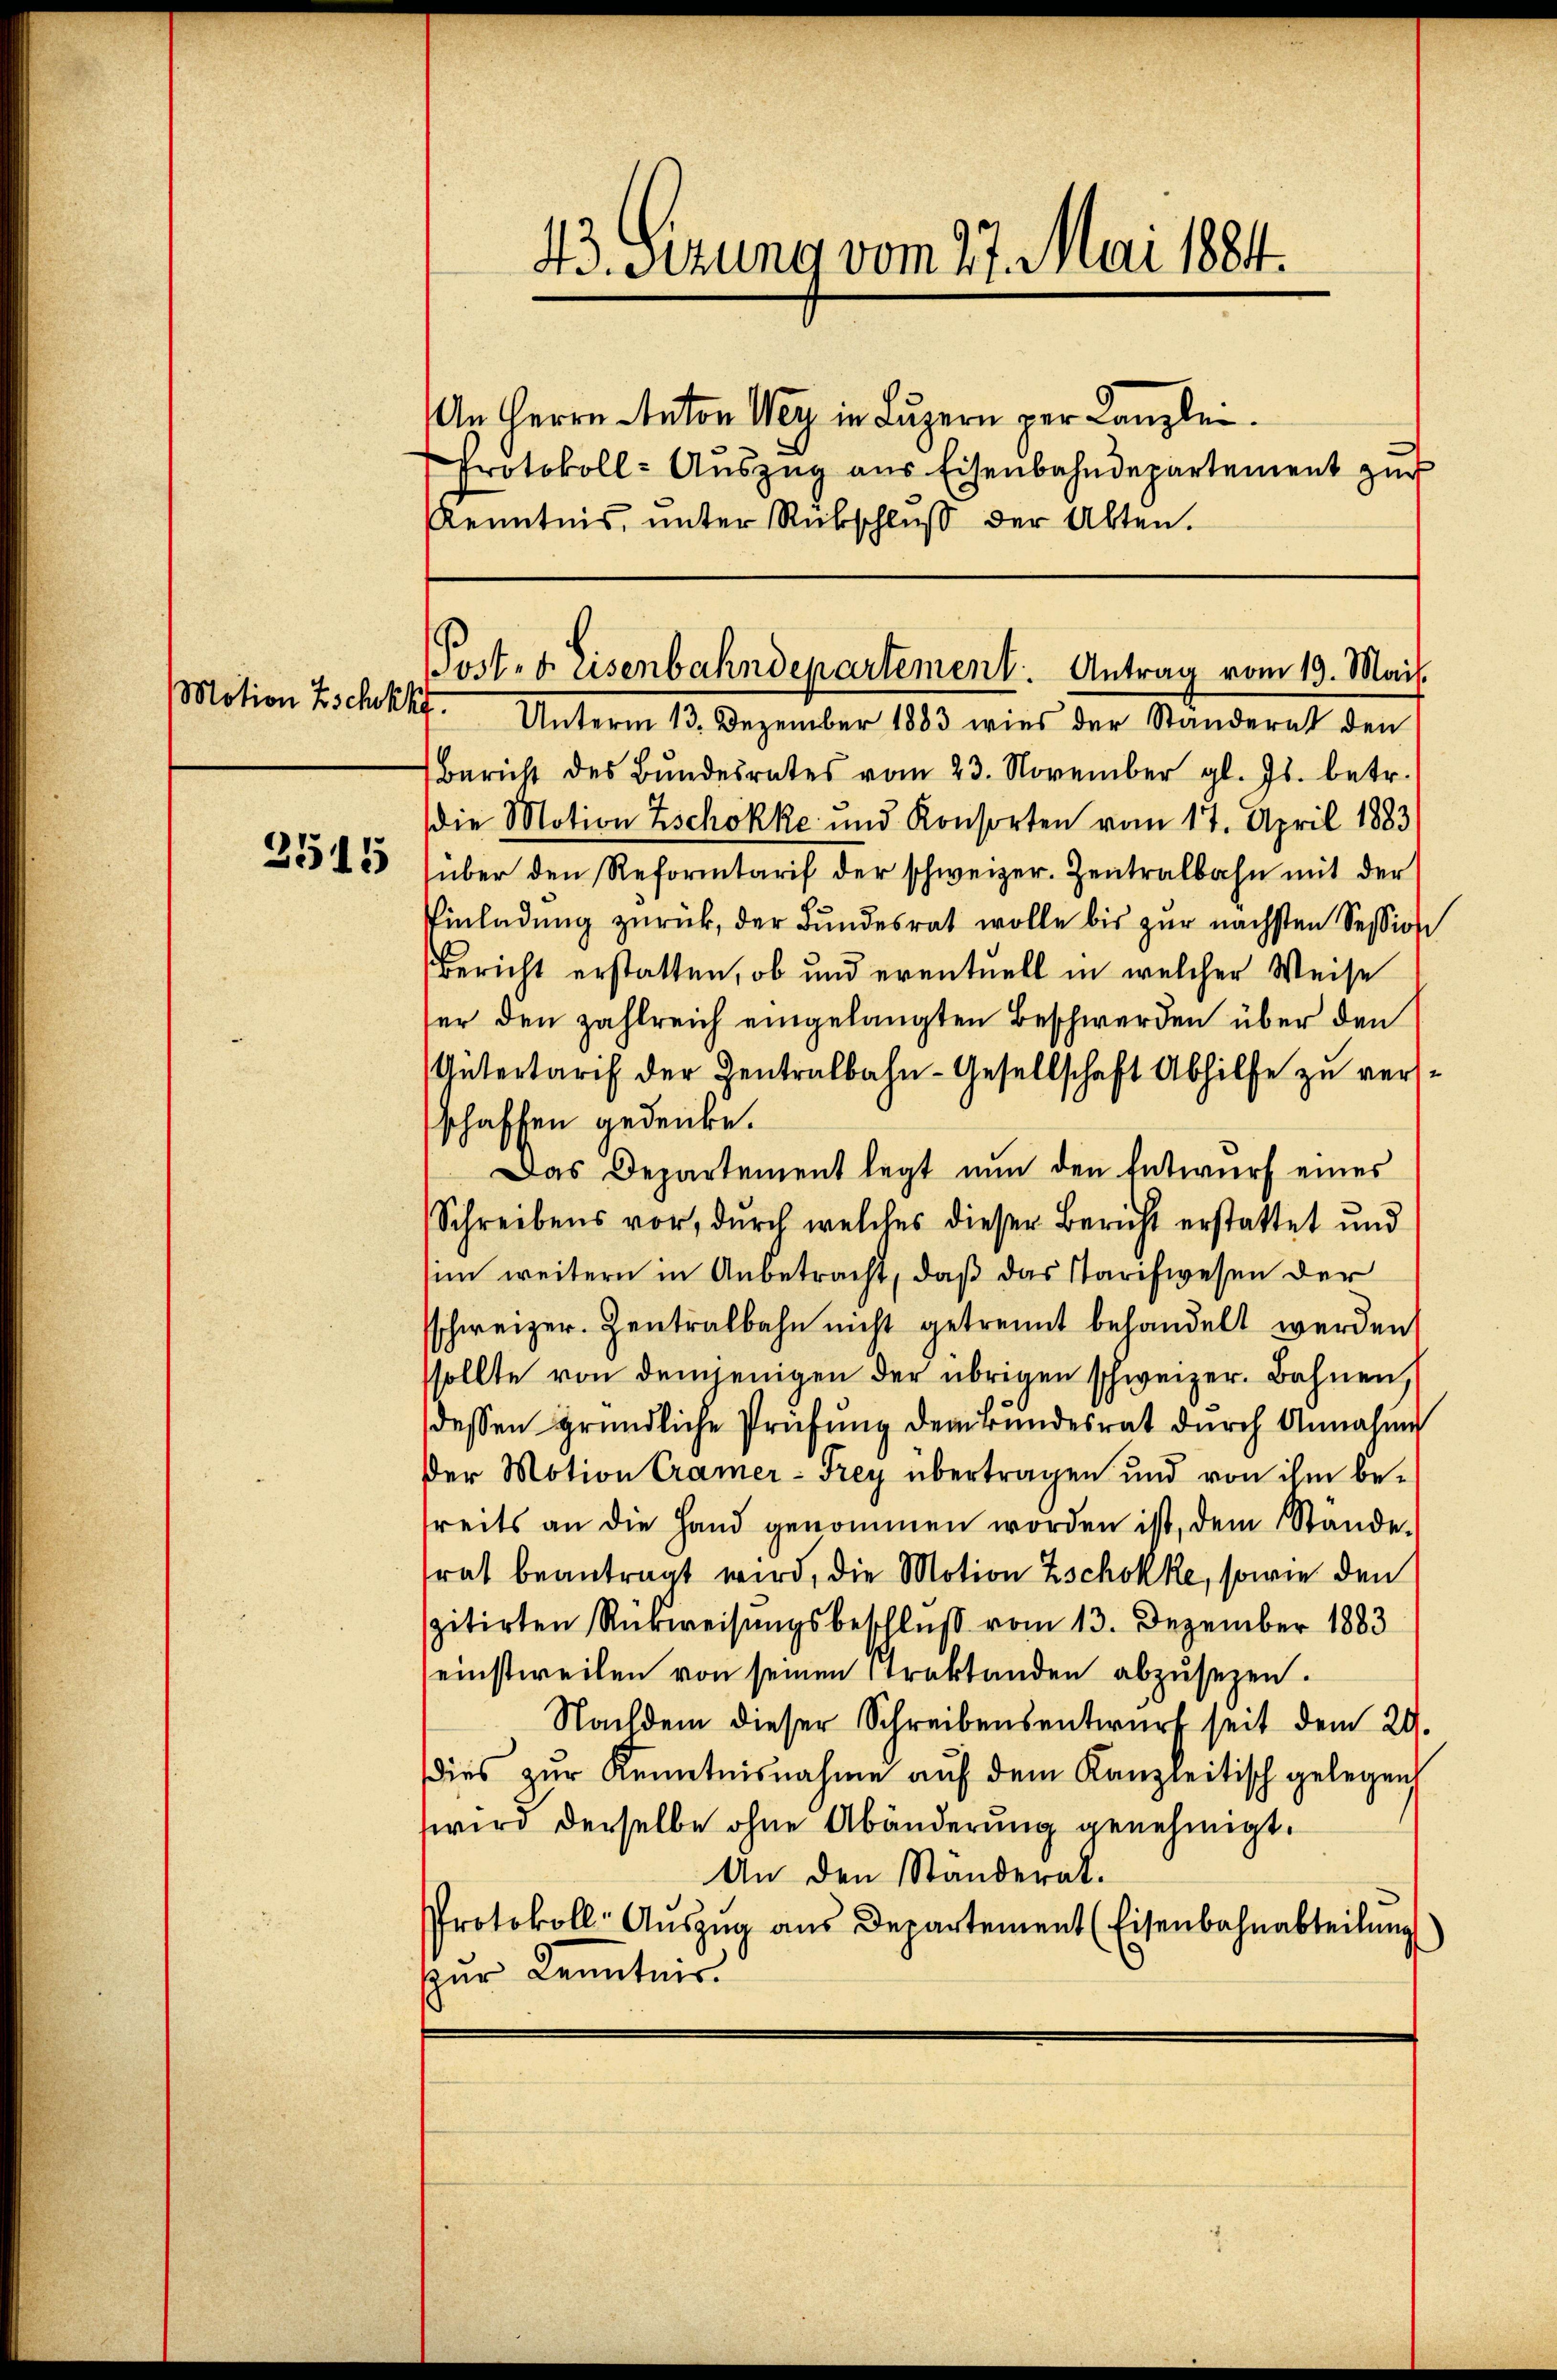
Motion Eschekkr.
2515

43. Sezung vom 27. Mai 1884.
An Herrn Anton Weg in Luzern per Canzlei.
Protokoll-Aŭszŭg aŭs Eisenbahndepartement zŭr
Kenntnis, unter Rückschluß der Alten.

Post. v. Eisenbahndepartement. Antrag vom 19. Mai.

Unterm 13. Dezember 1883 wies der Standerat den
Bericht des Bŭndesrates vom 23. November gl. Js. betr.
die Motion Zschokke und Konsorten vom 17. April 1883
über den Reformtarif der schweizer. Zentralbahn mit der
Einladung zurück, der Bundesrat wolle bis zur nächsten Session
Bericht erstatten, ob und eventuell in welcher Weise
ter den zahlreich eingelangten Beschwerden über den
Untertarif der Zentralbahn-Gesellschaft Abhilfe zu versschaffen gedenke.
Das Departement legt nun den Entwurf eines
Schreibens vor, durch welches dieser Bericht erstattet und
im weitern in Anbetracht, daß das Tarifwesen der
sschweizer. Zentralbahn nicht getrennt behandelt werden
ssollte von demjenigen der übrigen schweizer. Bahnen,
dessen gründliche Prüfung der Bundesrat durch Annahme
der Motion Cramer-Frey übertragen und von ihm betreits an die Hand genommen worden ist, dem Stande.
rat beantragt wird, die Motion Zschokke, sowie den
zitirten Rückweisungsbeschluß vom 13. Dezember 1883
seinstweilen von seinen Straktanden abzusetzen.
Nachdem dieser Schreibensentwurf seit dem 29.
dies zur Kenntnisnahme auf dem Kanzleitisch gelegen
wird derselbe ohne Abänderung genehmigt.
An den Standerat.
Protokoll- Auszug aus Departement (Eisenbahnabteilung
zur Kenntnis.